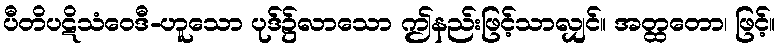
ပီတိပဋိသံဝေဒီ-ဟူသော ပုဒ်၌လာသော ဤနည်းဖြင့်သာလျှင်။ အတ္ထတော၊ ဖြင့်။